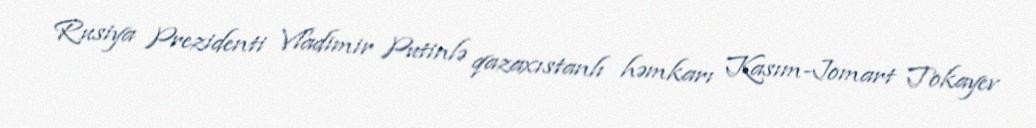
Rusiya Prezidenti Vladimir Putinlə qazaxıstanlı həmkarı Kasım-Jomart Tokayev